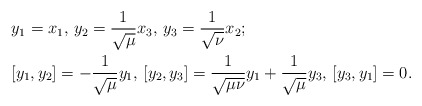
\begin{align*}&y_1=x_1, \, y_2=\frac{1}{\sqrt{\mu}}x_3, \, y_3=\frac{1}{\sqrt{\nu}}x_2;\\&[y_1,y_2]=-\frac{1}{\sqrt{\mu}}y_1, \,[y_2,y_3]=\frac{1}{\sqrt{\mu\nu}}y_1 + \frac{1}{\sqrt{\mu}}y_3, \,[y_3,y_1]=0.\end{align*}